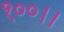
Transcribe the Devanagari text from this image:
१००।।